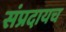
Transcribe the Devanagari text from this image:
संप्रदायच